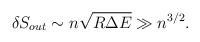
LaTeX: \begin{align*}\delta S_{out} \sim n \sqrt{R \Delta E} \gg n^{3/2}.\end{align*}